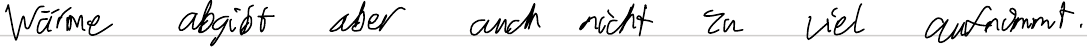
Wärme abgibt aber auch nicht zu viel aufnimmt.